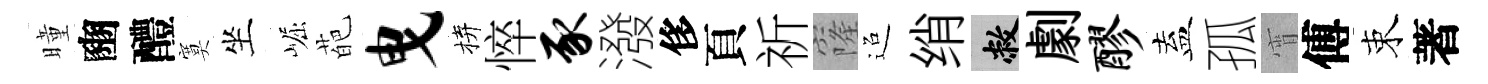
曈豳醴寞坐崛葩曳拚悴豕潑侈頁祈窿迢绡敝劇醪盍孤宵傅束著